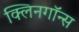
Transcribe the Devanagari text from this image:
क्लिनगॉन्स